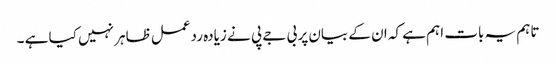
تاہم یہ بات اہم ہے کہ ان کے بیان پر بی جے پی نے زیادہ ردعمل ظاہر نہیں کیا ہے ۔